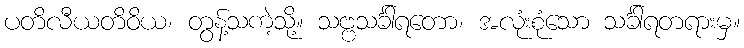
ပတိလီယတိဝိယ၊ တွန့်သကဲ့သို့။ သဗ္ဗသင်္ခါရတော၊ အလုံးစုံသော သင်္ခါရတရားမှ။